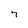
Character: 7